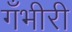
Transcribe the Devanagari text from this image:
गँभीरी